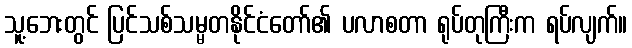
သူ့ဘေးတွင် ပြင်သစ်သမ္မတနိုင်ငံတော်၏ ပလာစတာ ရုပ်တုကြီးက ရပ်လျက်။